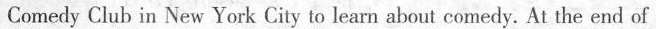
Comedy Club in New York City to learn about comedy. At the end of